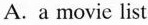
A. a movie list